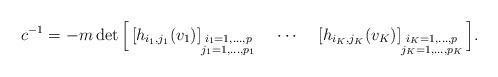
LaTeX: \begin{align*}c^{-1}&=-m \det\Big[ \left[h_{i_1,j_1}(v_1)\right]_{\substack{i_1=1,...,p\\j_1=1,...,p_1}}~~~\cdots~~~ \left[h_{i_K,j_K}(v_K)\right]_{\substack{i_K=1,...,p\\j_K=1,...,p_K}}\Big].\end{align*}